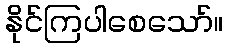
နိုင်ကြပါစေသော်။